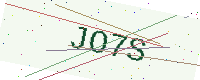
Text: JO7S